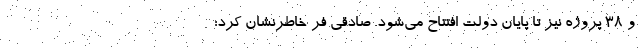
و ۳۸ پروژه نیز تا پایان دولت افتتاح می‌شود. صادقی فر خاطرنشان کرد: